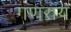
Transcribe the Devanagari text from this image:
गणराय